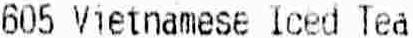
605 VIETNAMESE ICED TEA